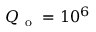
Q _ { \mathrm { ~ o ~ } } = 1 0 ^ { 6 }